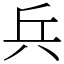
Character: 兵